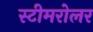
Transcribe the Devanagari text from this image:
स्टीमरोलर